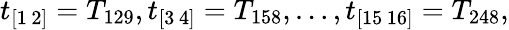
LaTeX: t_{[1\, 2]}=T_{129},t_{[3\, 4]}=T_{158},\ldots,t_{[15\, 16]}=T_{248},